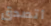
أتصدق